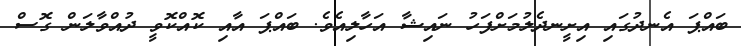
ބައްޕަ އެނދުގައި އިށީނދެލުމަށްފަހު ނައިޝާ އަހާލިއެވެ. ބައްޕަ އާއި ކޮއްކޮވީ ދުއްވާލަން ގޮސް